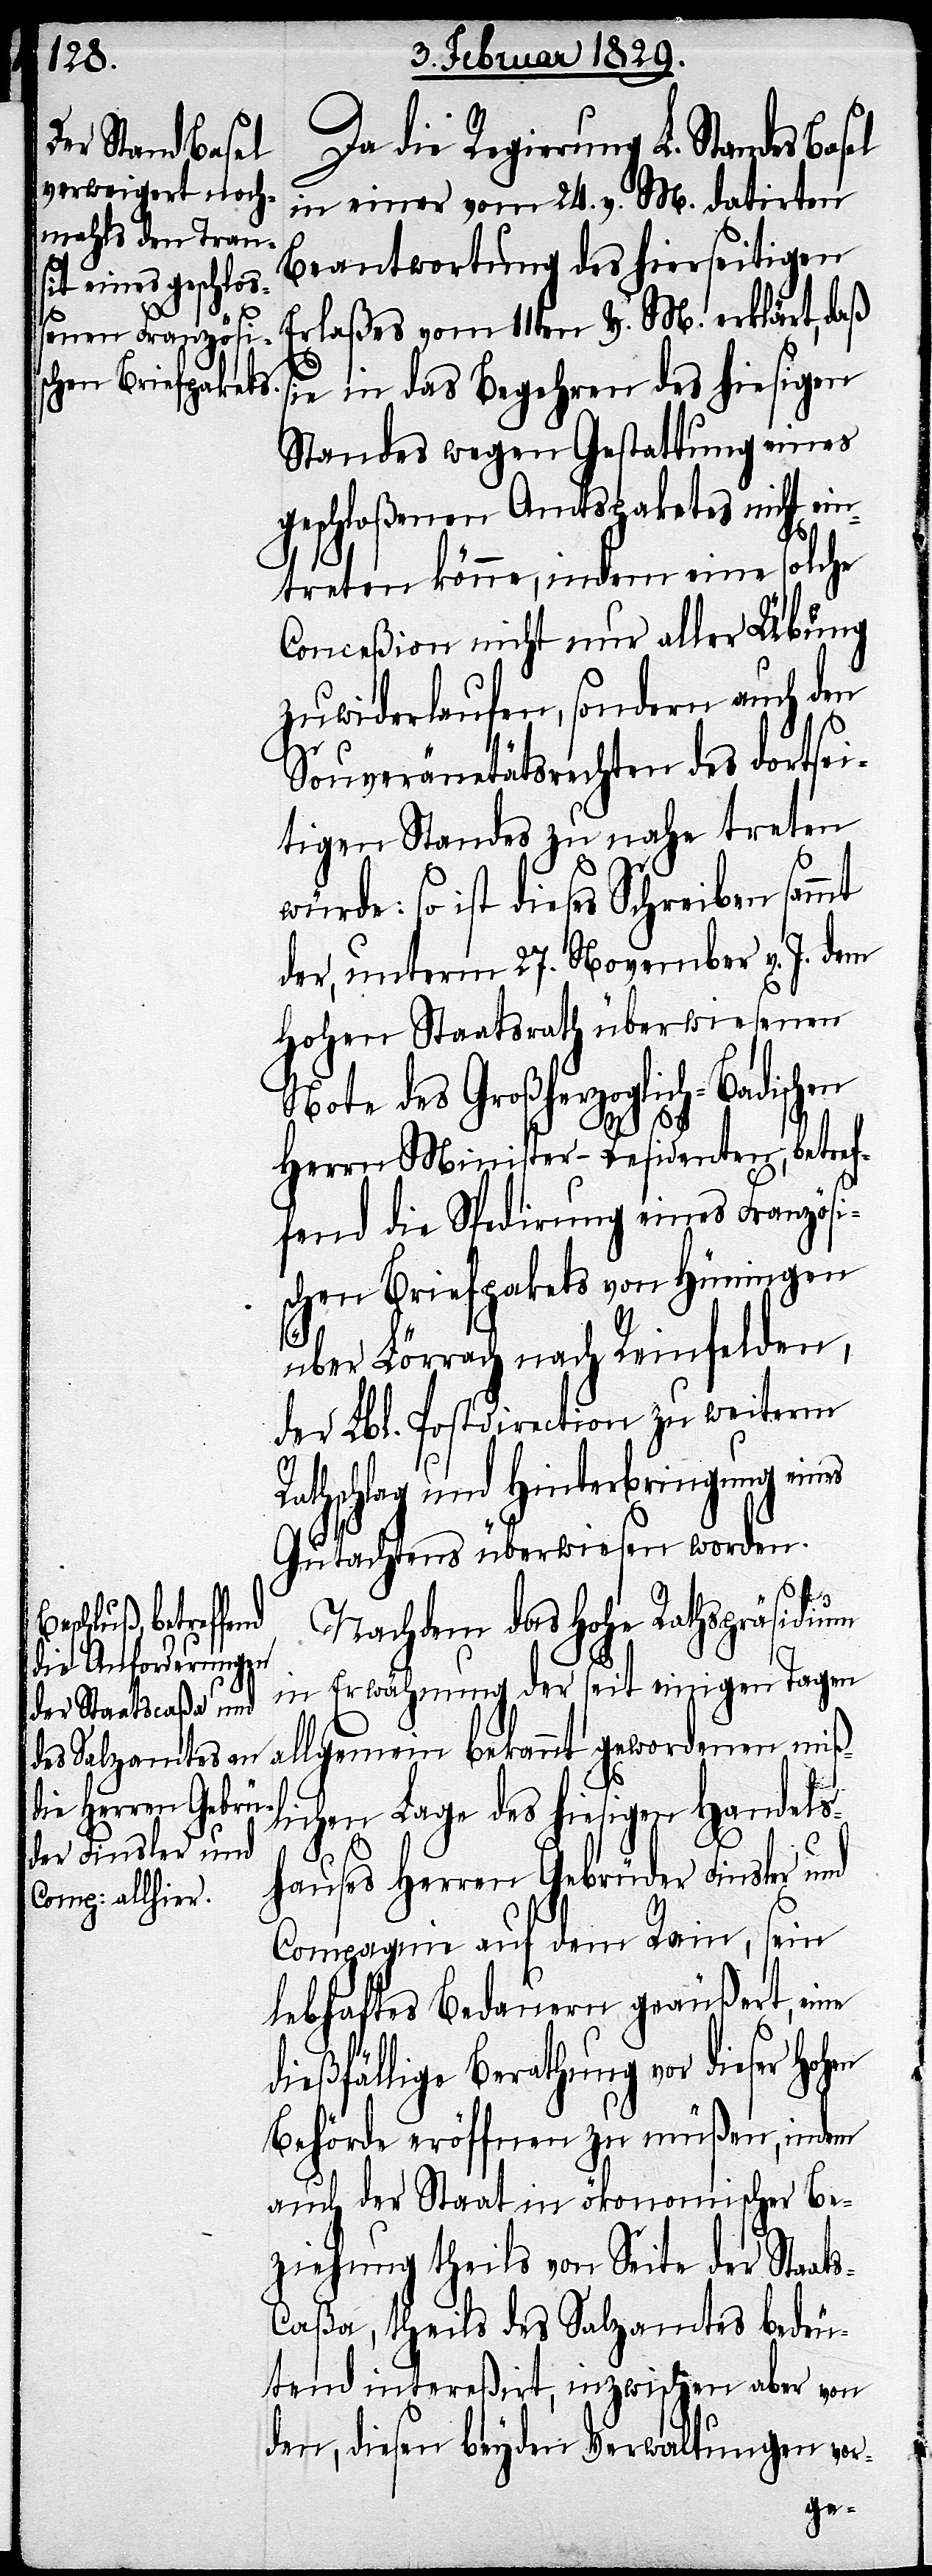
Da die Regierung L. Standes
in einer vom 24. v. M. datirten
Beantwortung des hierseitigen
Erlaßes vom 11ten v. M. erklärt, daß
sie in das Begehren des hiesigen
Standes wegen Gestattung eines
geschloßenen Amtspaketes nicht ein¬
treten könne, indem eine solche
Conceßion nicht nur aller Übung
zuwiderlaufen, sondern auch den
Souveränitätsrechten des dor¬
tigen Standes zu nahe treten
so ist dieses Schreiben
der, unterm 27. November v. J. dem
Hohen Staatsrath überwiesenen
Note des Großherzoglich-Badischen
Herrn Minister-Residenten, betref¬
fend die Spedirung eines Französi¬
schen Briefpakets von Hüningen
über Lörrach nach Reinfelden
der Lbl. Postdirection zu weiterm
Rathschlag und Hinterbringung eines
Gutachtens überwiesen worden.
Nachdem das Hohe Rathspräsidium
in Erwähnung der seit Tagen
allgemein bekannt gewordenen miß¬
lichen Lage des hiesigen Handels¬
hauses Herren Gebrüder Finsler und
Compagnie auf dem Rain, sein
lebhaftes Bedauert geäußert, eine
dießfällige Berathung vor dieser
Behörde eröffnen zu müßen, indem
auch der Staat in ökonomischer Be¬
ziehung theils von Seite der Staat¬
s-Caßa, theils des Salzamtes bedeu¬
tend intereßirt, inzwischen aber von
den, diesen beyden Verwaltungen vor-